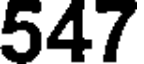
547